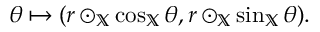
\begin{array} { r } { \theta \mapsto ( r \odot _ { \mathbb { X } } \cos _ { \mathbb { X } } \theta , r \odot _ { \mathbb { X } } \sin _ { \mathbb { X } } \theta ) . } \end{array}